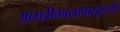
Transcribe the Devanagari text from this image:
अनादीकालापासूनची